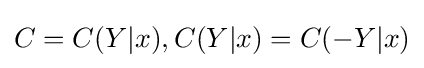
C=C(Y|x),C(Y|x)=C(-Y|x)